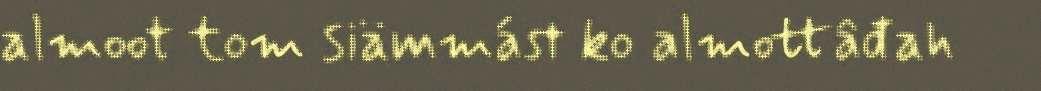
almoot tom siämmást ko almottâđah